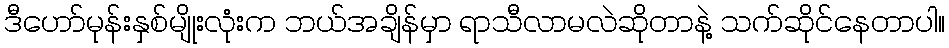
ဒီဟော်မုန်းနှစ်မျိုးလုံးက ဘယ်အချိန်မှာ ရာသီလာမလဲဆိုတာနဲ့ သက်ဆိုင်နေတာပါ။